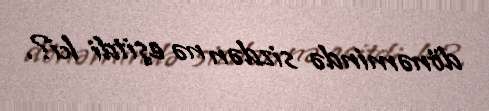
dönəmində sizdən nə eşitdi ki?.